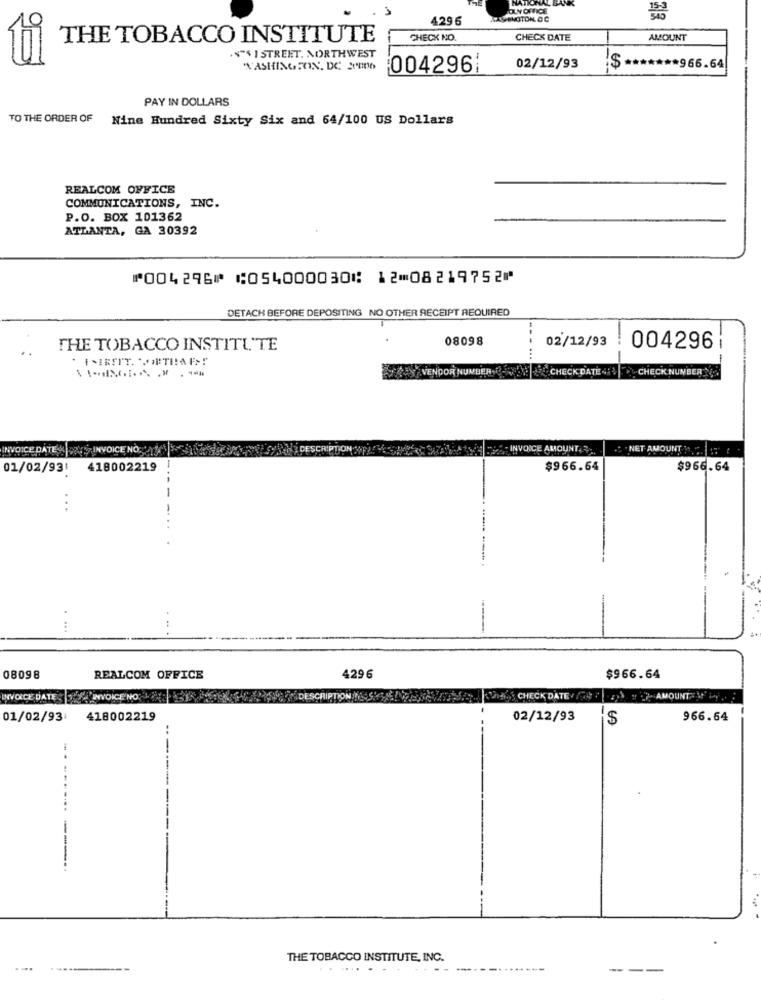
NATIONAL
OLN OFFICE
4296
ASPENGITON DC
THE TOBACCO INSTITUTE
CHECK NO.
CHECK DATE
AMOUNT
4-5 1 STREET. NORTHWEST
WASHINGTON, DC 2006
004296;
02/12/93
***** 966.64
PAY IN DOLLARS
TO THE ORDER OF Nine Hundred Sixty Six and 64/100 US Dollars
REALCOM OFFICE
COMMUNICATIONS, INC.
P.O. BOX 101362
ATLANTA, GA 30392
⑈004296⑈ ⑆054000030⑆ 12⑉08219752⑈
DETACH BEFORE DEPOSITING NO OTHER RECEIPT REQUIRED
08098
02/12/93
THE TOBACCO INSTITUTE
..
004296
CHECK DATE 4
CHECK NUNBER
VENDOR NUMBER.
INVOICE DATE TT INVOICE NO
INVOICE AMOUNT.3
. NET AMOUNT "
01/02/93:
418002219
-.
$966.64
$966.64
...
. ...
08098
REALCOM OFFICE
4296
$966.64
INVOICE DATE INVOICENOLY
DESCRIPTION
CHECK DATE . FINAL AMOUNT
01/02/93
418002219
02/12/93
'S
966.64
... ...
.....
---
THE TOBACCO INSTITUTE, INC.
....
....
........
---